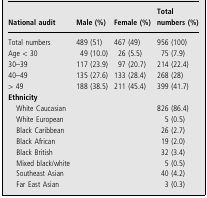
| National audit | Male (%) | Female (%) | Total numbers (%) |
 | --- | --- | --- | --- |
 | Total numbers | 489 (51) | 467 (49) | 956 (100) |
 | Age < 30 | 49 (10.0) | 26 (5.5) | 75 (7.9) |
 | 30–39 | 117 (23.9) | 97 (20.7) | 214 (22.4) |
 | 40–49 | 135 (27.6) | 133 (28.4) | 268 (28) |
 | > 49 | 188 (38.5) | 211 (45.4) | 399 (41.7) |
 | <COLSPAN=4> Ethnicity |
 | White Caucasian |  |  | 826 (86.4) |
 | White European |  |  | 5 (0.5) |
 | Black Caribbean |  |  | 26 (2.7) |
 | Black African |  |  | 19 (2.0) |
 | Black British |  |  | 32 (3.4) |
 | Mixed black/white |  |  | 5 (0.5) |
 | Southeast Asian |  |  | 40 (4.2) |
 | Far East Asian |  |  | 3 (0.3) |